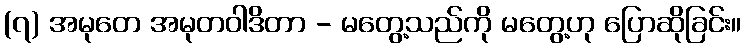
(၇) အမုတေ အမုတဝါဒိတာ - မတွေ့သည်ကို မတွေ့ဟု ပြောဆိုခြင်း။